Anatomy and histology of ticks - Number 23
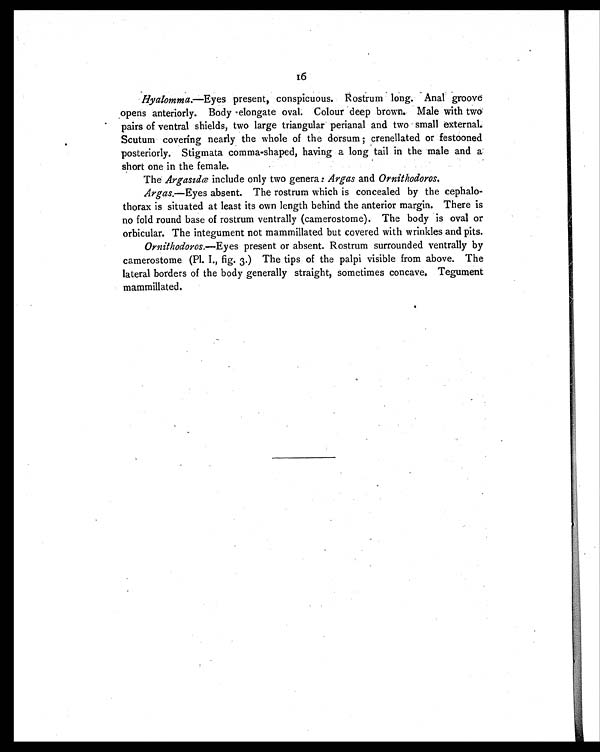
16
Hyalomma. —Eyes present, conspicuous. Rostrum long. Anal groove
opens anteriorly. Body elongate oval. Colour deep brown. Male with two
pairs of ventral shields, two large triangular perianal and two small external.
Scutum covering nearly the whole of the dorsum ; crenellated or festooned
posteriorly. Stigmata comma-shaped, having a long tail in the male and a
short one in the female.
The Argasidæ include only two genera: Argas and Ornithodoros.
Argas. —Eyes absent. The rostrum which is concealed by the cephalo-
thorax is situated at least its own length behind the anterior margin. There is
no fold round base of rostrum ventrally (camerostome). The body is oval or
orbicular. The integument not mammillated but covered with wrinkles and pits.
Ornithodoros.—Eyes present or absent. Rostrum surrounded ventrally by
camerostome (Pl. I., fig. 3.) The tips of the palpi visible from above. The
lateral borders of the body generally straight, sometimes concave. Tegument
mammillated.